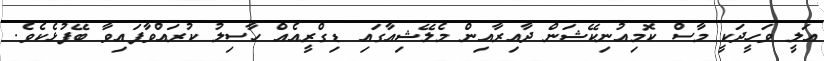
އަލީ ވަހީދަކީ މާސް ކޮމިއުނިކޭޝަން ދާއިރާއިން މެލޭޝިއާގައި ޑިގްރީއެއް ހާސިލު ކުރައްވާފައިވާ ބޭފުޅެކެވެ.